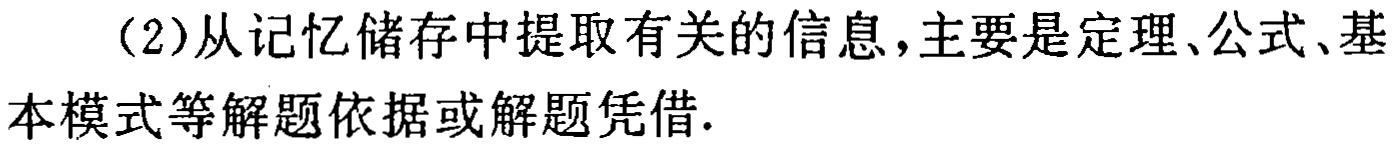
（2）从记忆储存中提取有关的信息，主要是定理、公式、基本模式等解题依据或解题凭借.